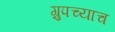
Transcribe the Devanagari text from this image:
ग्रुपच्याच